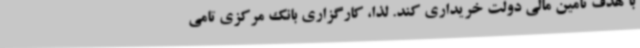
با هدف تامین مالی دولت خریداری کند. لذا، کارگزاری بانک مرکزی تامی